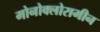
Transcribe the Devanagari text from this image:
मोनोक्लोरामीन